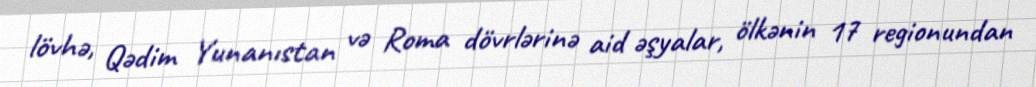
lövhə, Qədim Yunanıstan və Roma dövrlərinə aid əşyalar, ölkənin 17 regionundan